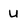
Character: U